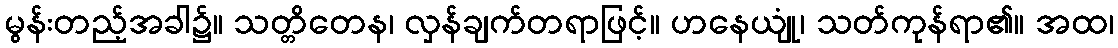
မွန်းတည့်အခါ၌။ သတ္တိတေန၊ လှန်ချက်တရာဖြင့်။ ဟနေယျုံ၊ သတ်ကုန်ရာ၏။ အထ၊